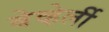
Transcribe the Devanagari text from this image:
बेव्हेर्ली